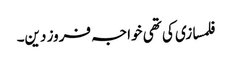
فلمسازی کی تھی خواجہ فروز دین۔